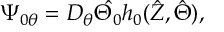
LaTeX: \Psi _ { 0 \theta } = D _ { \theta } \hat { \Theta _ { 0 } } h _ { 0 } ( \hat { Z } , \hat { \Theta } ) ,